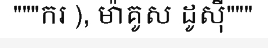
"""ករ ), ម៉ាគូស ដូស៊ី"""